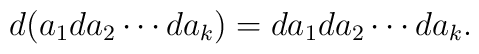
d(a_{1}da_{2}\cdots da_{k})=da_{1}da_{2}\cdots da_{k}.